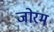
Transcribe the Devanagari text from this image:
जोरम